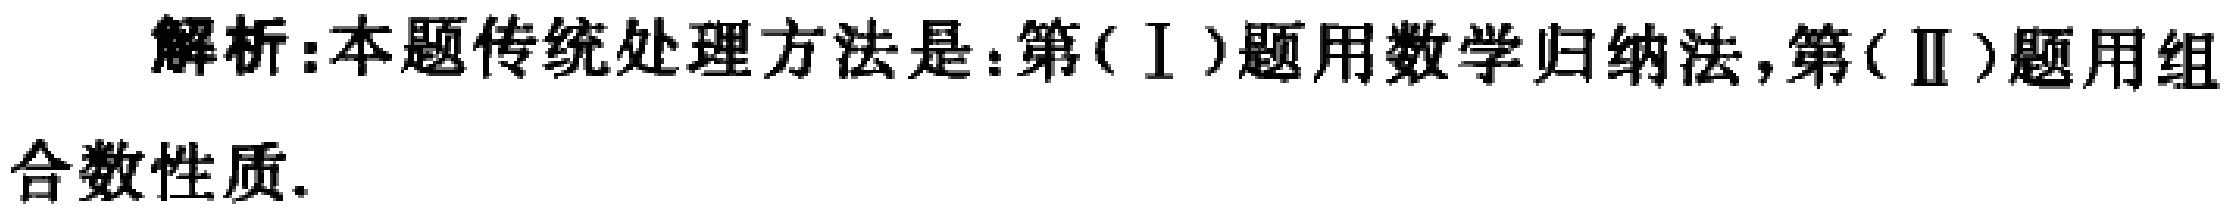
解析:本题传统处理方法是:第(Ⅰ)题用数学归纳法,第(Ⅱ)题用组合数性质.